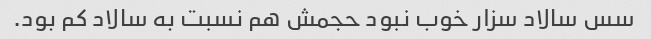
سس سالاد سزار خوب نبود حجمش هم نسبت به سالاد کم بود.